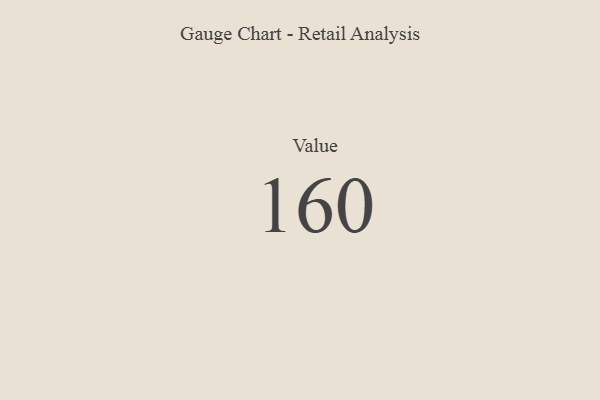
{"axis": {"x": "Metric", "y": "Value"}, "legend": [""], "data": [{"x": "Value", "y": 160, "type": ""}]}